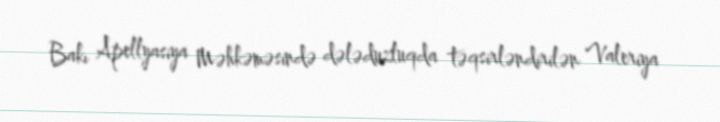
Bakı Apellyasiya Məhkəməsində dələduzluqda təqsirləndirilən Valeriya